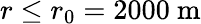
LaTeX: r\leq r_{0}=2000~\mathrm{m}